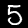
Label: 5